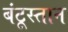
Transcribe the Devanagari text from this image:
बंटूस्तान